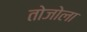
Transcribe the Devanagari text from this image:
तोजोला